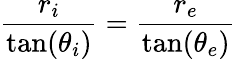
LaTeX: \frac{r_{i}}{\tan(\theta_{i})}=\frac{r_{e}}{\tan(\theta_{e})}